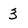
Character: 3